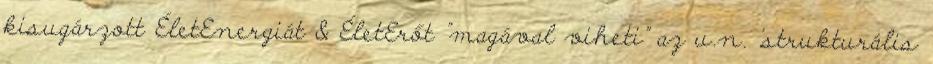
kisugárzott ÉletEnergiát & ÉletErőt "magával viheti" az u.n. 'strukturális